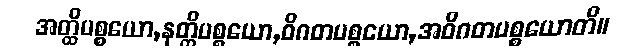
အတ္ထိပစ္စယော,နတ္ထိပစ္စယော,ဝိဂတပစ္စယော,အဝိဂတပစ္စယောတိ။